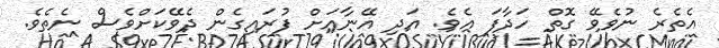
އެތެރެ ނުވެވޭ ގޮތް ހަދާފަ އެވެ. އަދި އޭނާއަށް ފުރައިގެން ދެވޭކަށްވެސް ނެތެވެ.